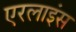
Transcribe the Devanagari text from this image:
एरलाइंस